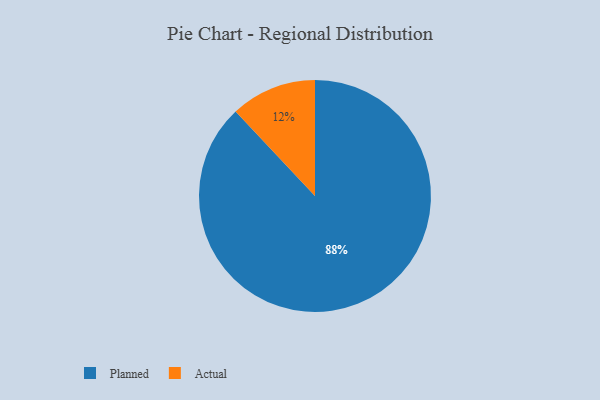
{"axis": {"x": "Category", "y": "Percentage"}, "legend": ["Actual", "Planned"], "data": [{"x": "Actual", "y": 12, "type": "Actual"}, {"x": "Planned", "y": 88, "type": "Planned"}]}